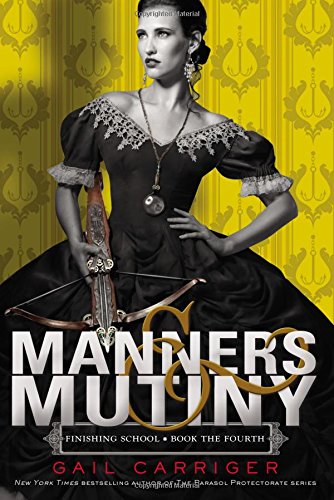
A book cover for Manners & Mutiny (Finishing School); Gail Carriger; Teen & Young Adult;